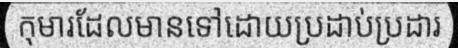
កុមារដែលមានទៅដោយប្រដាប់ប្រដារ